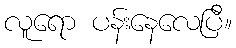
လူရော ပန်းနေလေပြီ။